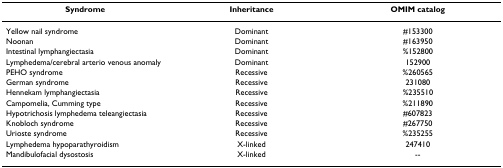
<table><thead><tr><td><b>Syndrome</b></td><td><b>Inheritance</b></td><td><b>OMIM catalog</b></td></tr></thead><tbody><tr><td>Yellow nail syndrome</td><td>Dominant</td><td>#153300</td></tr><tr><td>Noonan</td><td>Dominant</td><td>#163950</td></tr><tr><td>Intestinal lymphangiectasia</td><td>Dominant</td><td>%152800</td></tr><tr><td>Lymphedema/cerebral arterio venous anomaly</td><td>Dominant</td><td>152900</td></tr><tr><td>PEHO syndrome</td><td>Recessive</td><td>%260565</td></tr><tr><td>German syndrome</td><td>Recessive</td><td>231080</td></tr><tr><td>Hennekam lymphangiectasia</td><td>Recessive</td><td>%235510</td></tr><tr><td>Campomelia, Cumming type</td><td>Recessive</td><td>%211890</td></tr><tr><td>Hypotrichosis lymphedema teleangiectasia</td><td>Recessive</td><td>#607823</td></tr><tr><td>Knobloch syndrome</td><td>Recessive</td><td>#267750</td></tr><tr><td>Urioste syndrome</td><td>Recessive</td><td>%235255</td></tr><tr><td>Lymphedema hypoparathyroidism</td><td>X-linked</td><td>247410</td></tr><tr><td>Mandibulofacial dysostosis</td><td>X-linked</td><td>--</td></tr></tbody></table>